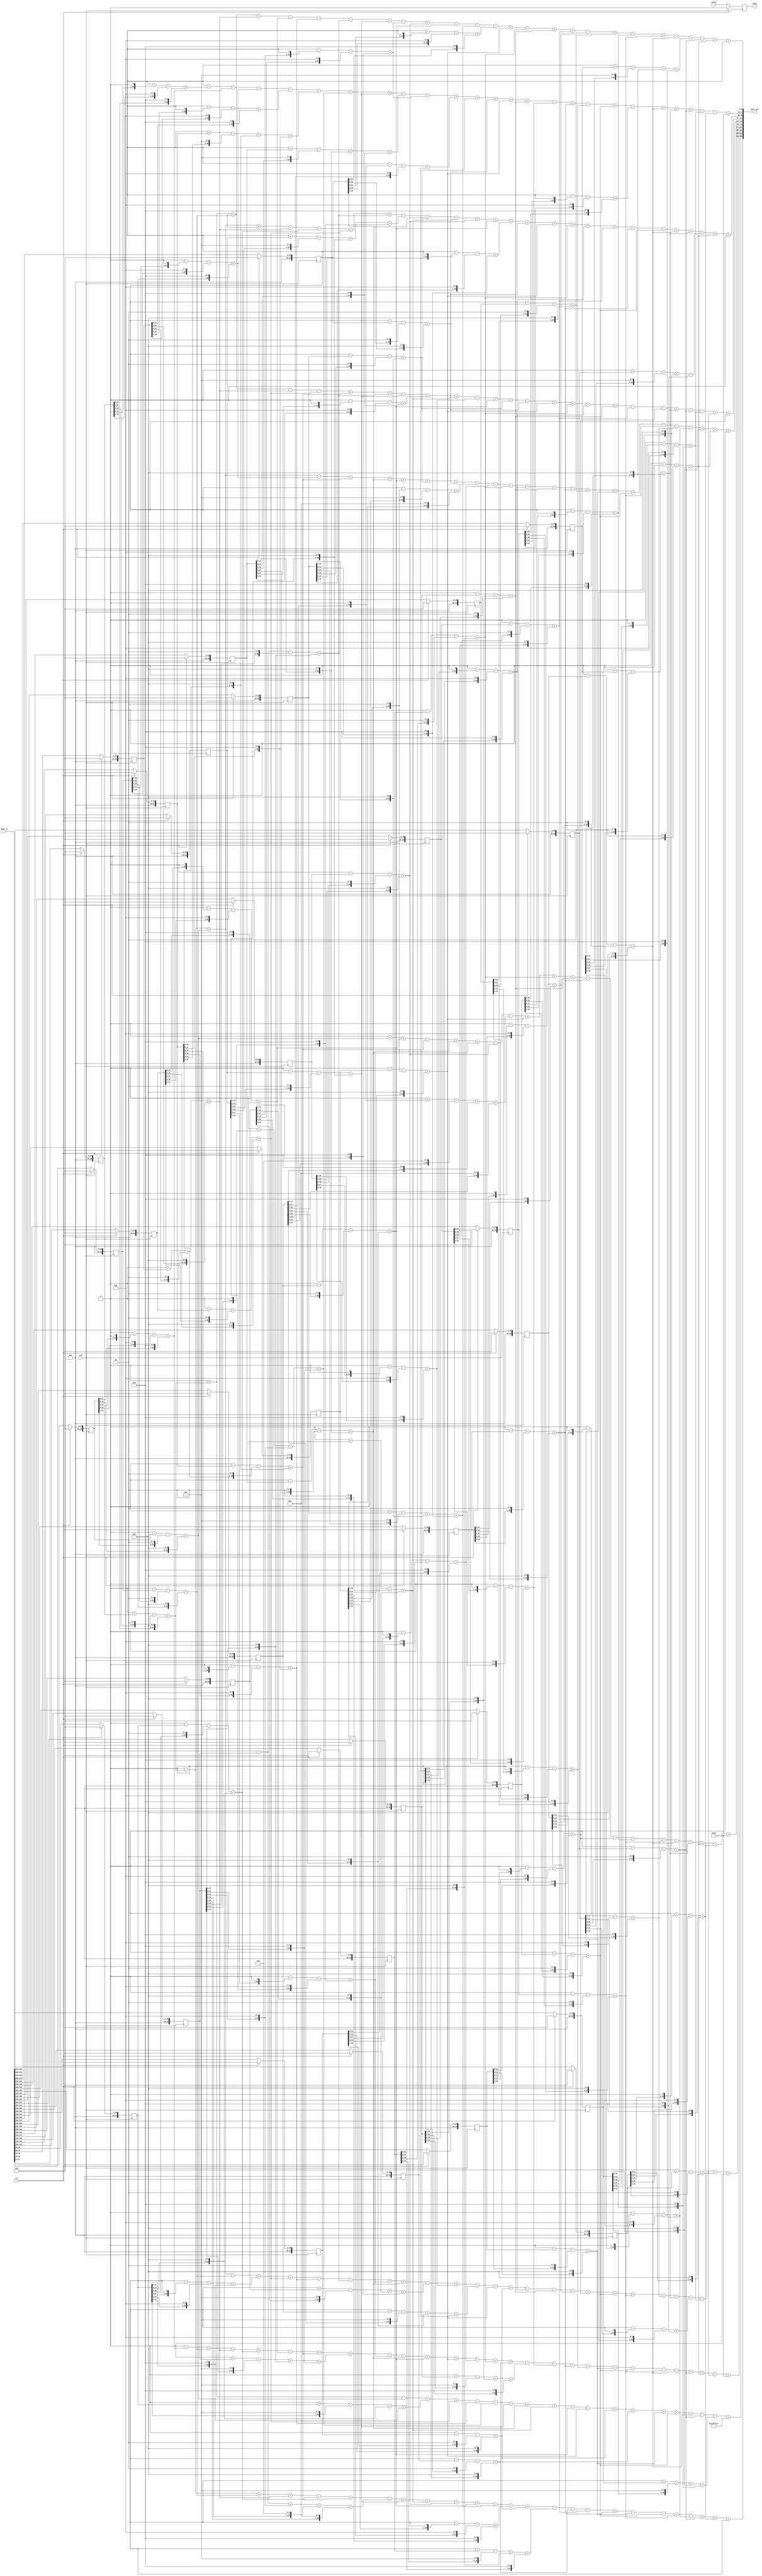
module layer2_tcb_121x32x10
(
    input clk,
    input rst,
   input valid,
   output  reg ready,
    input [20*32-1:0]  layer_in,
    output [29*10-1:0]   layer_out
);
parameter DATA_WIDTH   =   29;
reg [DATA_WIDTH-1:0]    layer_in_buffer    [0:32-1];
integer i;
always@(posedge clk )
    begin
        if(rst)
            begin
                for(i=0;i<32;i=i+1)
                    begin
                        layer_in_buffer[i]<=0;
                    end
            end
        else
        begin
       layer_in_buffer[0]<=layer_in[19:0];
       layer_in_buffer[1]<=layer_in[39:20];
       layer_in_buffer[2]<=layer_in[59:40];
       layer_in_buffer[3]<=layer_in[79:60];
       layer_in_buffer[4]<=layer_in[99:80];
       layer_in_buffer[5]<=layer_in[119:100];
       layer_in_buffer[6]<=layer_in[139:120];
       layer_in_buffer[7]<=layer_in[159:140];
       layer_in_buffer[8]<=layer_in[179:160];
       layer_in_buffer[9]<=layer_in[199:180];
       layer_in_buffer[10]<=layer_in[219:200];
       layer_in_buffer[11]<=layer_in[239:220];
       layer_in_buffer[12]<=layer_in[259:240];
       layer_in_buffer[13]<=layer_in[279:260];
       layer_in_buffer[14]<=layer_in[299:280];
       layer_in_buffer[15]<=layer_in[319:300];
       layer_in_buffer[16]<=layer_in[339:320];
       layer_in_buffer[17]<=layer_in[359:340];
       layer_in_buffer[18]<=layer_in[379:360];
       layer_in_buffer[19]<=layer_in[399:380];
       layer_in_buffer[20]<=layer_in[419:400];
       layer_in_buffer[21]<=layer_in[439:420];
       layer_in_buffer[22]<=layer_in[459:440];
       layer_in_buffer[23]<=layer_in[479:460];
       layer_in_buffer[24]<=layer_in[499:480];
       layer_in_buffer[25]<=layer_in[519:500];
       layer_in_buffer[26]<=layer_in[539:520];
       layer_in_buffer[27]<=layer_in[559:540];
       layer_in_buffer[28]<=layer_in[579:560];
       layer_in_buffer[29]<=layer_in[599:580];
       layer_in_buffer[30]<=layer_in[619:600];
       layer_in_buffer[31]<=layer_in[639:620];
        end
   end

wire [DATA_WIDTH-1:0]   in_buffer_weight0;
assign in_buffer_weight0=0+(0-(layer_in_buffer[0]<<0)-(layer_in_buffer[0]<<2)+(layer_in_buffer[0]<<6))+(0-(layer_in_buffer[2]<<0)-(layer_in_buffer[2]<<2)+(layer_in_buffer[2]<<6))+(0-(layer_in_buffer[3]<<0)-(layer_in_buffer[3]<<2)+(layer_in_buffer[3]<<6))-(0-(layer_in_buffer[5]<<1)-(layer_in_buffer[5]<<3)+(layer_in_buffer[5]<<7))-(0-(layer_in_buffer[6]<<1)-(layer_in_buffer[6]<<3)+(layer_in_buffer[6]<<7))-(0-(layer_in_buffer[7]<<0)-(layer_in_buffer[7]<<2)+(layer_in_buffer[7]<<6))-(0-(layer_in_buffer[8]<<0)-(layer_in_buffer[8]<<2)+(layer_in_buffer[8]<<6))-(0-(layer_in_buffer[10]<<1)-(layer_in_buffer[10]<<3)+(layer_in_buffer[10]<<7))+(0-(layer_in_buffer[11]<<0)-(layer_in_buffer[11]<<2)+(layer_in_buffer[11]<<6))-(0-(layer_in_buffer[12]<<0)-(layer_in_buffer[12]<<2)+(layer_in_buffer[12]<<6))-(0+(layer_in_buffer[13]<<0)-(layer_in_buffer[13]<<4)+(layer_in_buffer[13]<<6)+(layer_in_buffer[13]<<7))-(0-(layer_in_buffer[14]<<1)-(layer_in_buffer[14]<<3)+(layer_in_buffer[14]<<7))+(0-(layer_in_buffer[15]<<0)-(layer_in_buffer[15]<<2)+(layer_in_buffer[15]<<6))-(0-(layer_in_buffer[17]<<0)-(layer_in_buffer[17]<<2)+(layer_in_buffer[17]<<6))+(0-(layer_in_buffer[20]<<0)-(layer_in_buffer[20]<<2)+(layer_in_buffer[20]<<6))+(0-(layer_in_buffer[21]<<0)-(layer_in_buffer[21]<<2)+(layer_in_buffer[21]<<6))-(0-(layer_in_buffer[22]<<1)-(layer_in_buffer[22]<<3)+(layer_in_buffer[22]<<7))+(0-(layer_in_buffer[23]<<0)-(layer_in_buffer[23]<<2)+(layer_in_buffer[23]<<6))-(0-(layer_in_buffer[25]<<1)-(layer_in_buffer[25]<<3)+(layer_in_buffer[25]<<7))+(0-(layer_in_buffer[26]<<0)-(layer_in_buffer[26]<<2)+(layer_in_buffer[26]<<6))-(0-(layer_in_buffer[27]<<0)-(layer_in_buffer[27]<<2)+(layer_in_buffer[27]<<6))-(0+(layer_in_buffer[28]<<0)-(layer_in_buffer[28]<<4)+(layer_in_buffer[28]<<6)+(layer_in_buffer[28]<<7))-(0-(layer_in_buffer[29]<<0)-(layer_in_buffer[29]<<2)+(layer_in_buffer[29]<<6))+(0-(layer_in_buffer[30]<<0)-(layer_in_buffer[30]<<2)+(layer_in_buffer[30]<<6));
wire [DATA_WIDTH-1:0]   in_buffer_weight1;
assign in_buffer_weight1=0-(0-(layer_in_buffer[0]<<1)-(layer_in_buffer[0]<<3)+(layer_in_buffer[0]<<7))-(0-(layer_in_buffer[1]<<1)-(layer_in_buffer[1]<<3)+(layer_in_buffer[1]<<7))-(0-(layer_in_buffer[2]<<1)-(layer_in_buffer[2]<<3)+(layer_in_buffer[2]<<7))-(0-(layer_in_buffer[3]<<1)-(layer_in_buffer[3]<<3)+(layer_in_buffer[3]<<7))-(0+(layer_in_buffer[6]<<0)-(layer_in_buffer[6]<<4)+(layer_in_buffer[6]<<6)+(layer_in_buffer[6]<<7))+(0-(layer_in_buffer[7]<<1)-(layer_in_buffer[7]<<3)+(layer_in_buffer[7]<<7))+(0-(layer_in_buffer[8]<<0)-(layer_in_buffer[8]<<2)+(layer_in_buffer[8]<<6))-(0+(layer_in_buffer[9]<<0)-(layer_in_buffer[9]<<4)+(layer_in_buffer[9]<<6)+(layer_in_buffer[9]<<7))-(0-(layer_in_buffer[10]<<1)-(layer_in_buffer[10]<<3)+(layer_in_buffer[10]<<7))+(0-(layer_in_buffer[12]<<1)-(layer_in_buffer[12]<<3)+(layer_in_buffer[12]<<7))+(0-(layer_in_buffer[13]<<0)-(layer_in_buffer[13]<<2)+(layer_in_buffer[13]<<6))+(0-(layer_in_buffer[14]<<0)-(layer_in_buffer[14]<<2)+(layer_in_buffer[14]<<6))+(0-(layer_in_buffer[15]<<0)-(layer_in_buffer[15]<<2)+(layer_in_buffer[15]<<6))+(0-(layer_in_buffer[20]<<0)-(layer_in_buffer[20]<<2)+(layer_in_buffer[20]<<6))-(0-(layer_in_buffer[21]<<1)-(layer_in_buffer[21]<<3)+(layer_in_buffer[21]<<7))+(0-(layer_in_buffer[22]<<0)-(layer_in_buffer[22]<<2)+(layer_in_buffer[22]<<6))-(0-(layer_in_buffer[23]<<1)-(layer_in_buffer[23]<<3)+(layer_in_buffer[23]<<7))+(0-(layer_in_buffer[25]<<0)-(layer_in_buffer[25]<<2)+(layer_in_buffer[25]<<6))-(0-(layer_in_buffer[26]<<1)-(layer_in_buffer[26]<<3)+(layer_in_buffer[26]<<7))+(0-(layer_in_buffer[27]<<0)-(layer_in_buffer[27]<<2)+(layer_in_buffer[27]<<6))+(0-(layer_in_buffer[28]<<0)-(layer_in_buffer[28]<<2)+(layer_in_buffer[28]<<6))+(0-(layer_in_buffer[29]<<0)-(layer_in_buffer[29]<<2)+(layer_in_buffer[29]<<6))-(0-(layer_in_buffer[30]<<1)-(layer_in_buffer[30]<<3)+(layer_in_buffer[30]<<7))-(0-(layer_in_buffer[31]<<1)-(layer_in_buffer[31]<<3)+(layer_in_buffer[31]<<7));
wire [DATA_WIDTH-1:0]   in_buffer_weight2;
assign in_buffer_weight2=0-(0-(layer_in_buffer[0]<<0)-(layer_in_buffer[0]<<2)+(layer_in_buffer[0]<<6))+(0-(layer_in_buffer[1]<<0)-(layer_in_buffer[1]<<2)+(layer_in_buffer[1]<<6))+(0-(layer_in_buffer[2]<<0)-(layer_in_buffer[2]<<2)+(layer_in_buffer[2]<<6))-(0-(layer_in_buffer[3]<<0)-(layer_in_buffer[3]<<2)+(layer_in_buffer[3]<<6))-(0-(layer_in_buffer[4]<<0)-(layer_in_buffer[4]<<2)+(layer_in_buffer[4]<<6))-(0-(layer_in_buffer[5]<<0)-(layer_in_buffer[5]<<2)+(layer_in_buffer[5]<<6))+(0-(layer_in_buffer[7]<<0)-(layer_in_buffer[7]<<2)+(layer_in_buffer[7]<<6))-(0+(layer_in_buffer[8]<<0)-(layer_in_buffer[8]<<4)+(layer_in_buffer[8]<<6)+(layer_in_buffer[8]<<7))-(0-(layer_in_buffer[9]<<0)-(layer_in_buffer[9]<<2)+(layer_in_buffer[9]<<6))-(0-(layer_in_buffer[10]<<0)-(layer_in_buffer[10]<<2)+(layer_in_buffer[10]<<6))+(0-(layer_in_buffer[11]<<0)-(layer_in_buffer[11]<<2)+(layer_in_buffer[11]<<6))+(0-(layer_in_buffer[12]<<0)-(layer_in_buffer[12]<<2)+(layer_in_buffer[12]<<6))+(0-(layer_in_buffer[13]<<1)-(layer_in_buffer[13]<<3)+(layer_in_buffer[13]<<7))+(0-(layer_in_buffer[14]<<0)-(layer_in_buffer[14]<<2)+(layer_in_buffer[14]<<6))+(0-(layer_in_buffer[15]<<0)-(layer_in_buffer[15]<<2)+(layer_in_buffer[15]<<6))+(0-(layer_in_buffer[17]<<0)-(layer_in_buffer[17]<<2)+(layer_in_buffer[17]<<6))+(0-(layer_in_buffer[18]<<1)-(layer_in_buffer[18]<<3)+(layer_in_buffer[18]<<7))+(0-(layer_in_buffer[21]<<0)-(layer_in_buffer[21]<<2)+(layer_in_buffer[21]<<6))-(0-(layer_in_buffer[22]<<0)-(layer_in_buffer[22]<<2)+(layer_in_buffer[22]<<6))-(0-(layer_in_buffer[25]<<0)-(layer_in_buffer[25]<<2)+(layer_in_buffer[25]<<6))+(0-(layer_in_buffer[27]<<0)-(layer_in_buffer[27]<<2)+(layer_in_buffer[27]<<6))+(0-(layer_in_buffer[28]<<0)-(layer_in_buffer[28]<<2)+(layer_in_buffer[28]<<6))-(0+(layer_in_buffer[29]<<0)-(layer_in_buffer[29]<<4)+(layer_in_buffer[29]<<6)+(layer_in_buffer[29]<<7))+(0-(layer_in_buffer[30]<<0)-(layer_in_buffer[30]<<2)+(layer_in_buffer[30]<<6));
wire [DATA_WIDTH-1:0]   in_buffer_weight3;
assign in_buffer_weight3=0+(0-(layer_in_buffer[0]<<0)-(layer_in_buffer[0]<<2)+(layer_in_buffer[0]<<6))+(0-(layer_in_buffer[2]<<0)-(layer_in_buffer[2]<<2)+(layer_in_buffer[2]<<6))-(0-(layer_in_buffer[3]<<0)-(layer_in_buffer[3]<<2)+(layer_in_buffer[3]<<6))-(0-(layer_in_buffer[5]<<0)-(layer_in_buffer[5]<<2)+(layer_in_buffer[5]<<6))+(0-(layer_in_buffer[6]<<0)-(layer_in_buffer[6]<<2)+(layer_in_buffer[6]<<6))+(0-(layer_in_buffer[7]<<0)-(layer_in_buffer[7]<<2)+(layer_in_buffer[7]<<6))-(0-(layer_in_buffer[8]<<0)-(layer_in_buffer[8]<<2)+(layer_in_buffer[8]<<6))-(0-(layer_in_buffer[9]<<1)-(layer_in_buffer[9]<<3)+(layer_in_buffer[9]<<7))+(0-(layer_in_buffer[10]<<0)-(layer_in_buffer[10]<<2)+(layer_in_buffer[10]<<6))-(0-(layer_in_buffer[11]<<1)-(layer_in_buffer[11]<<3)+(layer_in_buffer[11]<<7))+(0-(layer_in_buffer[12]<<0)-(layer_in_buffer[12]<<2)+(layer_in_buffer[12]<<6))+(0-(layer_in_buffer[13]<<0)-(layer_in_buffer[13]<<2)+(layer_in_buffer[13]<<6))-(0-(layer_in_buffer[14]<<0)-(layer_in_buffer[14]<<2)+(layer_in_buffer[14]<<6))+(0-(layer_in_buffer[15]<<0)-(layer_in_buffer[15]<<2)+(layer_in_buffer[15]<<6))+(0-(layer_in_buffer[17]<<0)-(layer_in_buffer[17]<<2)+(layer_in_buffer[17]<<6))-(0-(layer_in_buffer[18]<<1)-(layer_in_buffer[18]<<3)+(layer_in_buffer[18]<<7))+(0-(layer_in_buffer[20]<<0)-(layer_in_buffer[20]<<2)+(layer_in_buffer[20]<<6))-(0-(layer_in_buffer[21]<<0)-(layer_in_buffer[21]<<2)+(layer_in_buffer[21]<<6))-(0-(layer_in_buffer[24]<<1)-(layer_in_buffer[24]<<3)+(layer_in_buffer[24]<<7))+(0-(layer_in_buffer[28]<<0)-(layer_in_buffer[28]<<2)+(layer_in_buffer[28]<<6))-(0-(layer_in_buffer[29]<<0)-(layer_in_buffer[29]<<2)+(layer_in_buffer[29]<<6))-(0-(layer_in_buffer[30]<<1)-(layer_in_buffer[30]<<3)+(layer_in_buffer[30]<<7))+(0-(layer_in_buffer[31]<<0)-(layer_in_buffer[31]<<2)+(layer_in_buffer[31]<<6));
wire [DATA_WIDTH-1:0]   in_buffer_weight4;
assign in_buffer_weight4=0-(0-(layer_in_buffer[0]<<0)-(layer_in_buffer[0]<<2)+(layer_in_buffer[0]<<6))+(0-(layer_in_buffer[1]<<0)-(layer_in_buffer[1]<<2)+(layer_in_buffer[1]<<6))-(0-(layer_in_buffer[2]<<1)-(layer_in_buffer[2]<<3)+(layer_in_buffer[2]<<7))+(0-(layer_in_buffer[6]<<0)-(layer_in_buffer[6]<<2)+(layer_in_buffer[6]<<6))+(0-(layer_in_buffer[9]<<0)-(layer_in_buffer[9]<<2)+(layer_in_buffer[9]<<6))+(0-(layer_in_buffer[12]<<0)-(layer_in_buffer[12]<<2)+(layer_in_buffer[12]<<6))+(0-(layer_in_buffer[13]<<0)-(layer_in_buffer[13]<<2)+(layer_in_buffer[13]<<6))+(0-(layer_in_buffer[14]<<0)-(layer_in_buffer[14]<<2)+(layer_in_buffer[14]<<6))-(0-(layer_in_buffer[15]<<2)-(layer_in_buffer[15]<<4)+(layer_in_buffer[15]<<8))-(0-(layer_in_buffer[16]<<1)-(layer_in_buffer[16]<<3)+(layer_in_buffer[16]<<7))-(0-(layer_in_buffer[17]<<0)-(layer_in_buffer[17]<<2)+(layer_in_buffer[17]<<6))-(0-(layer_in_buffer[18]<<1)-(layer_in_buffer[18]<<3)+(layer_in_buffer[18]<<7))-(0-(layer_in_buffer[20]<<0)-(layer_in_buffer[20]<<2)+(layer_in_buffer[20]<<6))-(0-(layer_in_buffer[22]<<0)-(layer_in_buffer[22]<<2)+(layer_in_buffer[22]<<6))+(0-(layer_in_buffer[23]<<0)-(layer_in_buffer[23]<<2)+(layer_in_buffer[23]<<6))+(0-(layer_in_buffer[24]<<0)-(layer_in_buffer[24]<<2)+(layer_in_buffer[24]<<6))+(0-(layer_in_buffer[25]<<0)-(layer_in_buffer[25]<<2)+(layer_in_buffer[25]<<6))-(0-(layer_in_buffer[26]<<0)-(layer_in_buffer[26]<<2)+(layer_in_buffer[26]<<6))-(0-(layer_in_buffer[27]<<1)-(layer_in_buffer[27]<<3)+(layer_in_buffer[27]<<7))-(0-(layer_in_buffer[28]<<1)-(layer_in_buffer[28]<<3)+(layer_in_buffer[28]<<7))+(0-(layer_in_buffer[29]<<0)-(layer_in_buffer[29]<<2)+(layer_in_buffer[29]<<6))+(0-(layer_in_buffer[30]<<0)-(layer_in_buffer[30]<<2)+(layer_in_buffer[30]<<6));
wire [DATA_WIDTH-1:0]   in_buffer_weight5;
assign in_buffer_weight5=0+(0-(layer_in_buffer[1]<<0)-(layer_in_buffer[1]<<2)+(layer_in_buffer[1]<<6))+(0-(layer_in_buffer[5]<<1)-(layer_in_buffer[5]<<3)+(layer_in_buffer[5]<<7))-(0-(layer_in_buffer[6]<<0)-(layer_in_buffer[6]<<2)+(layer_in_buffer[6]<<6))+(0-(layer_in_buffer[8]<<1)-(layer_in_buffer[8]<<3)+(layer_in_buffer[8]<<7))+(0-(layer_in_buffer[9]<<0)-(layer_in_buffer[9]<<2)+(layer_in_buffer[9]<<6))-(0-(layer_in_buffer[11]<<0)-(layer_in_buffer[11]<<2)+(layer_in_buffer[11]<<6))-(0+(layer_in_buffer[12]<<1)-(layer_in_buffer[12]<<5)+(layer_in_buffer[12]<<7)+(layer_in_buffer[12]<<8))+(0-(layer_in_buffer[15]<<0)-(layer_in_buffer[15]<<2)+(layer_in_buffer[15]<<6))+(0-(layer_in_buffer[17]<<0)-(layer_in_buffer[17]<<2)+(layer_in_buffer[17]<<6))+(0-(layer_in_buffer[20]<<0)-(layer_in_buffer[20]<<2)+(layer_in_buffer[20]<<6))-(0-(layer_in_buffer[22]<<0)-(layer_in_buffer[22]<<2)+(layer_in_buffer[22]<<6))-(0-(layer_in_buffer[24]<<1)-(layer_in_buffer[24]<<3)+(layer_in_buffer[24]<<7))-(0-(layer_in_buffer[25]<<1)-(layer_in_buffer[25]<<3)+(layer_in_buffer[25]<<7))-(0-(layer_in_buffer[26]<<0)-(layer_in_buffer[26]<<2)+(layer_in_buffer[26]<<6))-(0-(layer_in_buffer[27]<<0)-(layer_in_buffer[27]<<2)+(layer_in_buffer[27]<<6))+(0-(layer_in_buffer[28]<<0)-(layer_in_buffer[28]<<2)+(layer_in_buffer[28]<<6))+(0-(layer_in_buffer[30]<<0)-(layer_in_buffer[30]<<2)+(layer_in_buffer[30]<<6))-(0-(layer_in_buffer[31]<<1)-(layer_in_buffer[31]<<3)+(layer_in_buffer[31]<<7));
wire [DATA_WIDTH-1:0]   in_buffer_weight6;
assign in_buffer_weight6=0-(0-(layer_in_buffer[0]<<0)-(layer_in_buffer[0]<<2)+(layer_in_buffer[0]<<6))+(0-(layer_in_buffer[1]<<0)-(layer_in_buffer[1]<<2)+(layer_in_buffer[1]<<6))-(0-(layer_in_buffer[2]<<0)-(layer_in_buffer[2]<<2)+(layer_in_buffer[2]<<6))+(0-(layer_in_buffer[4]<<1)-(layer_in_buffer[4]<<3)+(layer_in_buffer[4]<<7))+(0-(layer_in_buffer[5]<<0)-(layer_in_buffer[5]<<2)+(layer_in_buffer[5]<<6))-(0-(layer_in_buffer[6]<<1)-(layer_in_buffer[6]<<3)+(layer_in_buffer[6]<<7))-(0-(layer_in_buffer[7]<<0)-(layer_in_buffer[7]<<2)+(layer_in_buffer[7]<<6))+(0-(layer_in_buffer[8]<<1)-(layer_in_buffer[8]<<3)+(layer_in_buffer[8]<<7))+(0-(layer_in_buffer[9]<<0)-(layer_in_buffer[9]<<2)+(layer_in_buffer[9]<<6))-(0+(layer_in_buffer[10]<<0)-(layer_in_buffer[10]<<4)+(layer_in_buffer[10]<<6)+(layer_in_buffer[10]<<7))+(0-(layer_in_buffer[11]<<1)-(layer_in_buffer[11]<<3)+(layer_in_buffer[11]<<7))-(0+(layer_in_buffer[12]<<0)-(layer_in_buffer[12]<<4)+(layer_in_buffer[12]<<6)+(layer_in_buffer[12]<<7))-(0-(layer_in_buffer[15]<<0)-(layer_in_buffer[15]<<2)+(layer_in_buffer[15]<<6))+(0-(layer_in_buffer[16]<<0)-(layer_in_buffer[16]<<2)+(layer_in_buffer[16]<<6))-(0-(layer_in_buffer[18]<<1)-(layer_in_buffer[18]<<3)+(layer_in_buffer[18]<<7))-(0-(layer_in_buffer[20]<<0)-(layer_in_buffer[20]<<2)+(layer_in_buffer[20]<<6))-(0-(layer_in_buffer[22]<<1)-(layer_in_buffer[22]<<3)+(layer_in_buffer[22]<<7))+(0-(layer_in_buffer[24]<<1)-(layer_in_buffer[24]<<3)+(layer_in_buffer[24]<<7))+(0-(layer_in_buffer[25]<<0)-(layer_in_buffer[25]<<2)+(layer_in_buffer[25]<<6))+(0-(layer_in_buffer[26]<<0)-(layer_in_buffer[26]<<2)+(layer_in_buffer[26]<<6))-(0-(layer_in_buffer[27]<<1)-(layer_in_buffer[27]<<3)+(layer_in_buffer[27]<<7))-(0-(layer_in_buffer[28]<<0)-(layer_in_buffer[28]<<2)+(layer_in_buffer[28]<<6))-(0-(layer_in_buffer[29]<<1)-(layer_in_buffer[29]<<3)+(layer_in_buffer[29]<<7))-(0-(layer_in_buffer[30]<<1)-(layer_in_buffer[30]<<3)+(layer_in_buffer[30]<<7))-(0-(layer_in_buffer[31]<<0)-(layer_in_buffer[31]<<2)+(layer_in_buffer[31]<<6));
wire [DATA_WIDTH-1:0]   in_buffer_weight7;
assign in_buffer_weight7=0-(0-(layer_in_buffer[1]<<1)-(layer_in_buffer[1]<<3)+(layer_in_buffer[1]<<7))+(0-(layer_in_buffer[2]<<0)-(layer_in_buffer[2]<<2)+(layer_in_buffer[2]<<6))+(0-(layer_in_buffer[3]<<0)-(layer_in_buffer[3]<<2)+(layer_in_buffer[3]<<6))+(0-(layer_in_buffer[4]<<0)-(layer_in_buffer[4]<<2)+(layer_in_buffer[4]<<6))-(0-(layer_in_buffer[5]<<1)-(layer_in_buffer[5]<<3)+(layer_in_buffer[5]<<7))+(0-(layer_in_buffer[6]<<0)-(layer_in_buffer[6]<<2)+(layer_in_buffer[6]<<6))+(0+(layer_in_buffer[7]<<0)-(layer_in_buffer[7]<<4)+(layer_in_buffer[7]<<6)+(layer_in_buffer[7]<<7))-(0-(layer_in_buffer[8]<<1)-(layer_in_buffer[8]<<3)+(layer_in_buffer[8]<<7))-(0-(layer_in_buffer[9]<<0)-(layer_in_buffer[9]<<2)+(layer_in_buffer[9]<<6))+(0-(layer_in_buffer[12]<<0)-(layer_in_buffer[12]<<2)+(layer_in_buffer[12]<<6))+(0-(layer_in_buffer[15]<<0)-(layer_in_buffer[15]<<2)+(layer_in_buffer[15]<<6))-(0-(layer_in_buffer[16]<<1)-(layer_in_buffer[16]<<3)+(layer_in_buffer[16]<<7))+(0-(layer_in_buffer[17]<<0)-(layer_in_buffer[17]<<2)+(layer_in_buffer[17]<<6))+(0-(layer_in_buffer[18]<<0)-(layer_in_buffer[18]<<2)+(layer_in_buffer[18]<<6))-(0+(layer_in_buffer[20]<<0)-(layer_in_buffer[20]<<4)+(layer_in_buffer[20]<<6)+(layer_in_buffer[20]<<7))-(0-(layer_in_buffer[21]<<1)-(layer_in_buffer[21]<<3)+(layer_in_buffer[21]<<7))+(0-(layer_in_buffer[22]<<0)-(layer_in_buffer[22]<<2)+(layer_in_buffer[22]<<6))-(0-(layer_in_buffer[23]<<1)-(layer_in_buffer[23]<<3)+(layer_in_buffer[23]<<7))-(0-(layer_in_buffer[24]<<0)-(layer_in_buffer[24]<<2)+(layer_in_buffer[24]<<6))-(0-(layer_in_buffer[25]<<0)-(layer_in_buffer[25]<<2)+(layer_in_buffer[25]<<6))-(0-(layer_in_buffer[26]<<0)-(layer_in_buffer[26]<<2)+(layer_in_buffer[26]<<6))-(0-(layer_in_buffer[27]<<0)-(layer_in_buffer[27]<<2)+(layer_in_buffer[27]<<6))+(0-(layer_in_buffer[29]<<0)-(layer_in_buffer[29]<<2)+(layer_in_buffer[29]<<6))+(0-(layer_in_buffer[30]<<0)-(layer_in_buffer[30]<<2)+(layer_in_buffer[30]<<6))+(0-(layer_in_buffer[31]<<0)-(layer_in_buffer[31]<<2)+(layer_in_buffer[31]<<6));
wire [DATA_WIDTH-1:0]   in_buffer_weight8;
assign in_buffer_weight8=0+(0-(layer_in_buffer[0]<<0)-(layer_in_buffer[0]<<2)+(layer_in_buffer[0]<<6))-(0-(layer_in_buffer[1]<<0)-(layer_in_buffer[1]<<2)+(layer_in_buffer[1]<<6))-(0+(layer_in_buffer[4]<<0)-(layer_in_buffer[4]<<4)+(layer_in_buffer[4]<<6)+(layer_in_buffer[4]<<7))+(0-(layer_in_buffer[5]<<0)-(layer_in_buffer[5]<<2)+(layer_in_buffer[5]<<6))-(0-(layer_in_buffer[6]<<1)-(layer_in_buffer[6]<<3)+(layer_in_buffer[6]<<7))-(0-(layer_in_buffer[7]<<1)-(layer_in_buffer[7]<<3)+(layer_in_buffer[7]<<7))+(0-(layer_in_buffer[8]<<0)-(layer_in_buffer[8]<<2)+(layer_in_buffer[8]<<6))+(0-(layer_in_buffer[9]<<0)-(layer_in_buffer[9]<<2)+(layer_in_buffer[9]<<6))+(0-(layer_in_buffer[10]<<0)-(layer_in_buffer[10]<<2)+(layer_in_buffer[10]<<6))-(0-(layer_in_buffer[12]<<0)-(layer_in_buffer[12]<<2)+(layer_in_buffer[12]<<6))-(0-(layer_in_buffer[15]<<0)-(layer_in_buffer[15]<<2)+(layer_in_buffer[15]<<6))+(0-(layer_in_buffer[16]<<0)-(layer_in_buffer[16]<<2)+(layer_in_buffer[16]<<6))+(0-(layer_in_buffer[18]<<0)-(layer_in_buffer[18]<<2)+(layer_in_buffer[18]<<6))+(0-(layer_in_buffer[24]<<0)-(layer_in_buffer[24]<<2)+(layer_in_buffer[24]<<6))+(0-(layer_in_buffer[25]<<0)-(layer_in_buffer[25]<<2)+(layer_in_buffer[25]<<6))+(0-(layer_in_buffer[27]<<0)-(layer_in_buffer[27]<<2)+(layer_in_buffer[27]<<6))-(0-(layer_in_buffer[29]<<0)-(layer_in_buffer[29]<<2)+(layer_in_buffer[29]<<6))-(0+(layer_in_buffer[30]<<0)-(layer_in_buffer[30]<<4)+(layer_in_buffer[30]<<6)+(layer_in_buffer[30]<<7));
wire [DATA_WIDTH-1:0]   in_buffer_weight9;
assign in_buffer_weight9=0-(0-(layer_in_buffer[0]<<0)-(layer_in_buffer[0]<<2)+(layer_in_buffer[0]<<6))+(0-(layer_in_buffer[2]<<0)-(layer_in_buffer[2]<<2)+(layer_in_buffer[2]<<6))+(0-(layer_in_buffer[3]<<0)-(layer_in_buffer[3]<<2)+(layer_in_buffer[3]<<6))-(0-(layer_in_buffer[4]<<0)-(layer_in_buffer[4]<<2)+(layer_in_buffer[4]<<6))+(0-(layer_in_buffer[6]<<0)-(layer_in_buffer[6]<<2)+(layer_in_buffer[6]<<6))-(0-(layer_in_buffer[7]<<0)+(layer_in_buffer[7]<<3)+(layer_in_buffer[7]<<5)+(layer_in_buffer[7]<<8))+(0-(layer_in_buffer[8]<<0)-(layer_in_buffer[8]<<2)+(layer_in_buffer[8]<<6))+(0-(layer_in_buffer[10]<<0)-(layer_in_buffer[10]<<2)+(layer_in_buffer[10]<<6))-(0-(layer_in_buffer[11]<<0)-(layer_in_buffer[11]<<2)+(layer_in_buffer[11]<<6))+(0-(layer_in_buffer[12]<<0)-(layer_in_buffer[12]<<2)+(layer_in_buffer[12]<<6))-(0+(layer_in_buffer[13]<<0)-(layer_in_buffer[13]<<4)+(layer_in_buffer[13]<<6)+(layer_in_buffer[13]<<7))-(0-(layer_in_buffer[15]<<1)-(layer_in_buffer[15]<<3)+(layer_in_buffer[15]<<7))+(0-(layer_in_buffer[16]<<0)-(layer_in_buffer[16]<<2)+(layer_in_buffer[16]<<6))-(0+(layer_in_buffer[17]<<0)-(layer_in_buffer[17]<<4)+(layer_in_buffer[17]<<6)+(layer_in_buffer[17]<<7))-(0-(layer_in_buffer[18]<<0)-(layer_in_buffer[18]<<2)+(layer_in_buffer[18]<<6))-(0-(layer_in_buffer[21]<<0)-(layer_in_buffer[21]<<2)+(layer_in_buffer[21]<<6))+(0-(layer_in_buffer[22]<<0)-(layer_in_buffer[22]<<2)+(layer_in_buffer[22]<<6))-(0-(layer_in_buffer[24]<<0)-(layer_in_buffer[24]<<2)+(layer_in_buffer[24]<<6))-(0-(layer_in_buffer[25]<<0)-(layer_in_buffer[25]<<2)+(layer_in_buffer[25]<<6))+(0-(layer_in_buffer[26]<<0)-(layer_in_buffer[26]<<2)+(layer_in_buffer[26]<<6))-(0-(layer_in_buffer[28]<<1)-(layer_in_buffer[28]<<3)+(layer_in_buffer[28]<<7))+(0-(layer_in_buffer[29]<<0)-(layer_in_buffer[29]<<2)+(layer_in_buffer[29]<<6))+(0-(layer_in_buffer[31]<<1)-(layer_in_buffer[31]<<3)+(layer_in_buffer[31]<<7));
wire [DATA_WIDTH-1:0]   weight_bias0;
assign weight_bias0=in_buffer_weight0+(0);
wire [DATA_WIDTH-1:0]   weight_bias1;
assign weight_bias1=in_buffer_weight1+(59);
wire [DATA_WIDTH-1:0]   weight_bias2;
assign weight_bias2=in_buffer_weight2+(0);
wire [DATA_WIDTH-1:0]   weight_bias3;
assign weight_bias3=in_buffer_weight3+(0);
wire [DATA_WIDTH-1:0]   weight_bias4;
assign weight_bias4=in_buffer_weight4+(0);
wire [DATA_WIDTH-1:0]   weight_bias5;
assign weight_bias5=in_buffer_weight5+(59);
wire [DATA_WIDTH-1:0]   weight_bias6;
assign weight_bias6=in_buffer_weight6+(0);
wire [DATA_WIDTH-1:0]   weight_bias7;
assign weight_bias7=in_buffer_weight7+(59);
wire [DATA_WIDTH-1:0]   weight_bias8;
assign weight_bias8=in_buffer_weight8+(-59);
wire [DATA_WIDTH-1:0]   weight_bias9;
assign weight_bias9=in_buffer_weight9+(0);
assign layer_out={
            weight_bias9,
            weight_bias8,
            weight_bias7,
            weight_bias6,
            weight_bias5,
            weight_bias4,
            weight_bias3,
            weight_bias2,
            weight_bias1,
            weight_bias0};
always@(posedge clk)
    begin
        if(rst)
            begin
                ready<=1'b0;
            end
        else
            begin
                ready<=valid;
            end
    end
endmodule